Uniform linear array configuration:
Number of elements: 48
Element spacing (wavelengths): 1
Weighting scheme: kaiser
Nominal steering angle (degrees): -30
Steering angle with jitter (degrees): -28.923
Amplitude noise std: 0.05
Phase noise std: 0.05

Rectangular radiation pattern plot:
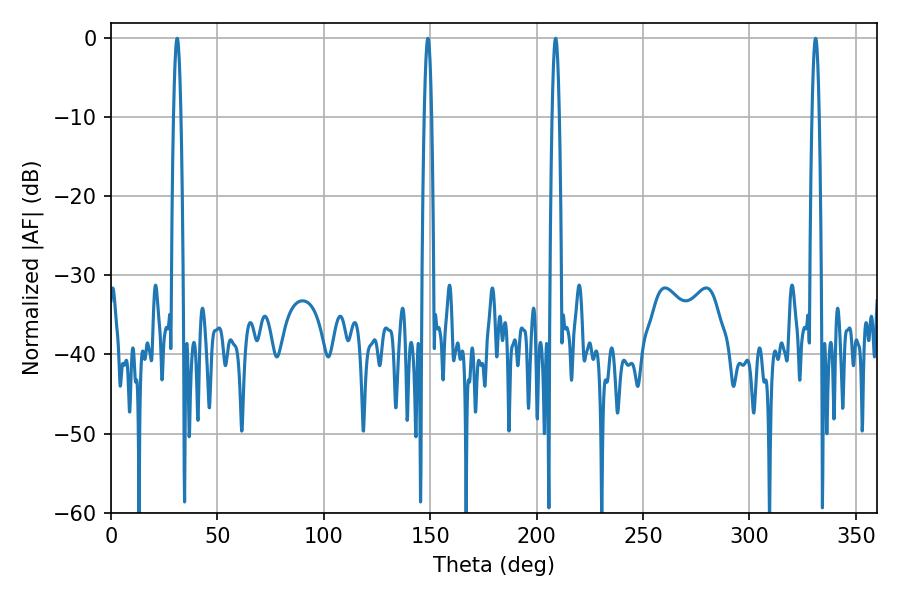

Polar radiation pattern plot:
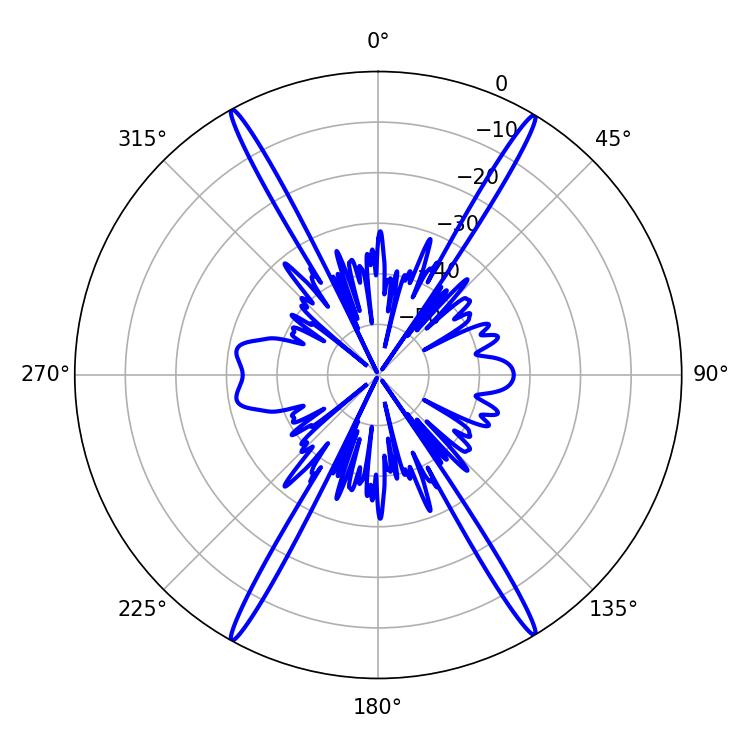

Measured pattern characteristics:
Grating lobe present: TRUE
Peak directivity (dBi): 28.184
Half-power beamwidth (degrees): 1.8
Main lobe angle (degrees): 31.14